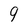
Character: 9